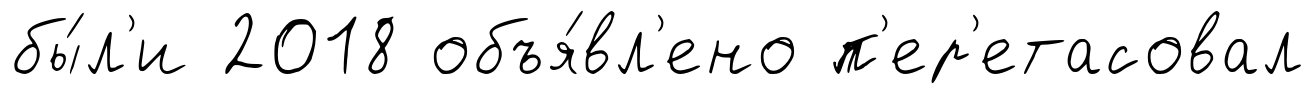
бы́л'и 2018 объя́вл'ено п'ер'етасовал